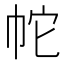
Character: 𭘙